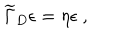
{ \widetilde \Gamma } _ { D } \epsilon = \eta \epsilon ~ ,